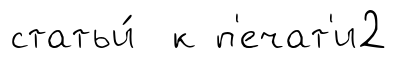
статьи́ к п'ечат'и2